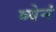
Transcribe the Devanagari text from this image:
ब्येनं